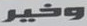
وخير